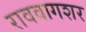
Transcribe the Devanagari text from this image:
राववागशर